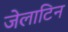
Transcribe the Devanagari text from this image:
जेलाटिन